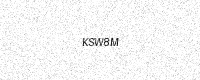
Text: KSW8M